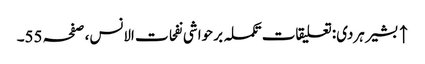
↑ بشیر ہردی: تعلیقات تکملہ بر حواشی نفحات الانس، صفحہ 55۔